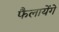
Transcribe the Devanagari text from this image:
फैलायेंगे